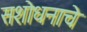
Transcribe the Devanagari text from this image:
सशोधनाचे